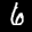
Label: 6